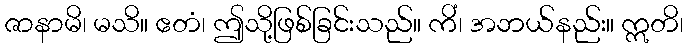
ဇာနာမိ၊ မသိ။ ဧတံ၊ ဤသို့ဖြစ်ခြင်းသည်။ ကိံ၊ အဘယ်နည်း။ ဣတိ၊